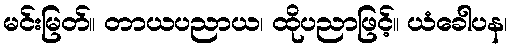
မင်းမြတ်။ တာယပညာယ၊ ထိုပညာဖြင့်။ ယံခေါပန၊